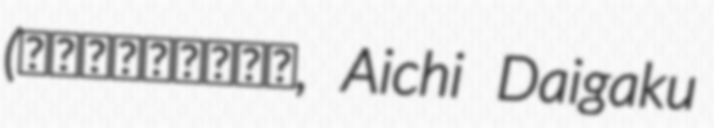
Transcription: (愛知大学短期大学部, Aichi Daigaku